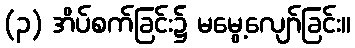
(၃) အိပ်စက်ခြင်း၌ မမွေ့လျော်ခြင်း။